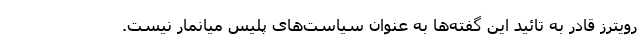
رویترز قادر به تائید این گفته‌ها به عنوان سیاست‌های پلیس میانمار نیست.